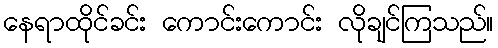
နေရာထိုင်ခင်း ကောင်းကောင်း လိုချင်ကြသည်။